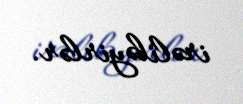
irəliləyirlər.